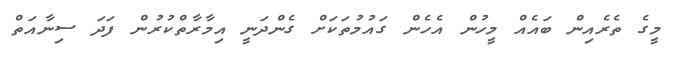
މީގެ ތެރެއިން ބައެއް މީހުން އެހެން ގައުމުތަކަށް ގެންދަނީ އިމާރާތްކުރުން ފަދަ ސިނާއަތް